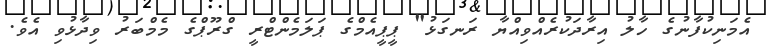
އެމަނިކުފާނުގެ ހާލު އިރާދަކުރެއްވިއްޔާ ރަނގަޅު" ޕީޕީއެމްގެ ޕަލަމެންޓްރީ ގްރޫޕްގެ މެމްބަރު ވިދާޅުވި އެވެ.